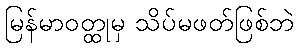
မြန်မာဝတ္ထုမှ သိပ်မဖတ်ဖြစ်ဘဲ